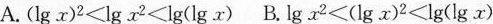
A.$$( l g { x } ) ^ { 2 } < lg { x ^ { 2 } } < lg { lg { x } } )$$ B.$$l g { x ^ { 2 } }< ( lg { x } ) ^ { 2 } < lg { lg { x } } )$$